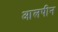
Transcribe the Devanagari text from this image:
आलपीन